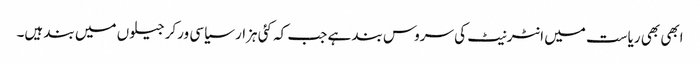
ابھی بھی ریاست میں انٹرنیٹ کی سروس بند ہے جب کہ کئی ہزار سیاسی ورکر جیلوں میں بند ہیں۔